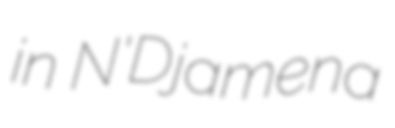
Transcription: in N'Djamena